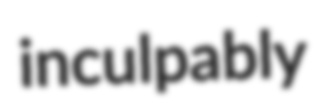
inculpably